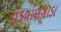
વડવાણગાડા